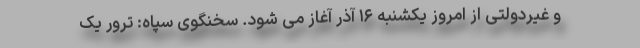
و غیردولتی از امروز یکشنبه ۱۶ آذر آغاز می شود. سخنگوی سپاه: ترور یک